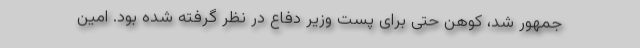
جمهور شد، کوهن حتی برای پست وزیر دفاع در نظر گرفته شده بود. امین